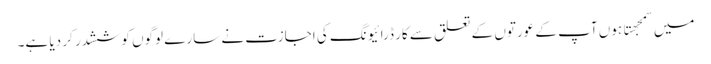
میں سمجهتا ہوں آپ کے عورتوں کے تعلق سے کار ڈرائیونگ کی اجازت نے سارے لوگوں کو ششدر کر دیا ہے۔